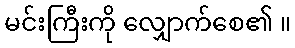
မင်းကြီးကို လျှောက်စေ၏ ။